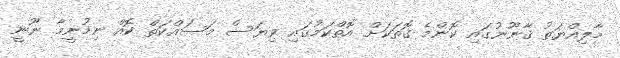
މާލިއްޔަތު ޤާނޫނުގައި ކޮންމެ ގޮތަކަށް އޮތްކަމުގައި ވިޔަސް މަސައްކަތް ކޮއް ނިމުނީމާ ނޫނީ